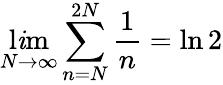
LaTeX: \operatorname*{l\mathit{i}m}_{N\rightarrow\infty}\sum_{n=N}^{2N}{\frac{{1}}{{n}}}=\ln2